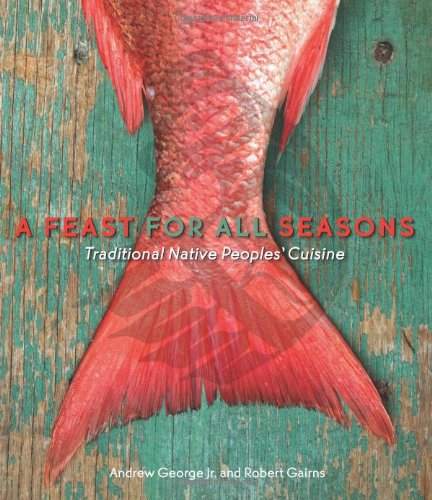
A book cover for A Feast for All Seasons: Traditional Native Peoples' Cuisine; Andrew George; Cookbooks, Food & Wine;